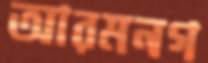
আরমনগ